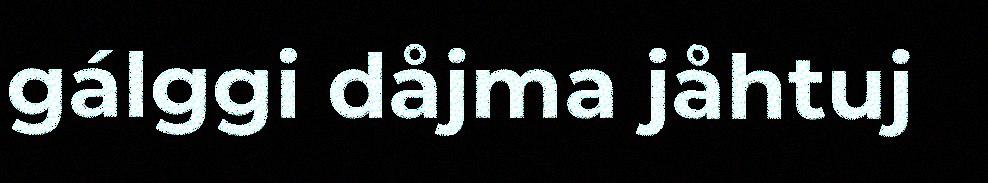
gálggi dåjma jåhtuj